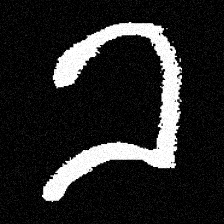
Pyu character \u2014 Myanmar letter: ခ (romanized: kha)